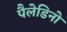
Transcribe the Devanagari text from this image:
पैलेडिनो